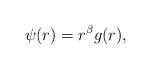
LaTeX: \begin{align*}\psi(r)=r^{\beta}g(r),\end{align*}